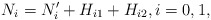
\begin{align*} N_i=N'_i+H_{i1}+H_{i2},i=0,1,\end{align*}